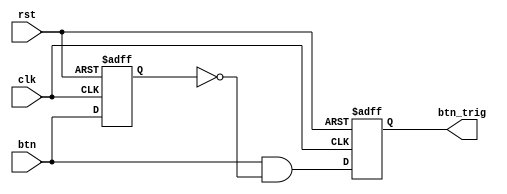
`timescale 1ns / 1ps
//////////////////////////////////////////////////////////////////////////////////
// Company: 
// Engineer: 
// 
// Design Name: 
// Module Name: oneshot_universal
// Project Name: 
// Target Devices: 
// Tool Versions: 
// Description: 
// 
// Dependencies: 
// 
// Revision:
// Revision 0.01 - File Created
// Additional Comments:
// 
//////////////////////////////////////////////////////////////////////////////////


module oneshot_universal(clk, rst, btn, btn_trig);
    parameter WIDTH = 1;
    input clk, rst;
    input[WIDTH-1:0] btn;
    reg [WIDTH-1:0] btn_reg;
    output reg [WIDTH-1:0] btn_trig;

always @(negedge rst or posedge clk) begin
    if(!rst) begin
    btn_reg <= {WIDTH{1'b0}};
    btn_trig <= {WIDTH{1'b0}};
    end
else begin
    btn_reg <= btn;
    btn_trig <= btn & ~btn_reg;
    end
end

endmodule